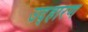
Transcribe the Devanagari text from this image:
उद्हारण